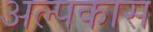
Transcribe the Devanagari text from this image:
अल्पकास